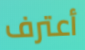
أعترف